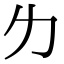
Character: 𠠲